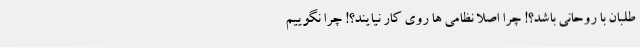
طلبان با روحانی باشد؟! چرا اصلا نظامی ها روی کار نیایند؟! چرا نگوییم